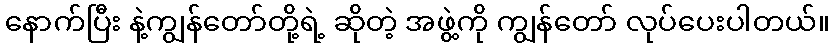
နောက်ပြီး နဲ့ကျွန်တော်တို့ရဲ့ ဆိုတဲ့ အဖွဲ့ကို ကျွန်တော် လုပ်ပေးပါတယ်။